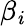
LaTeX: \beta_{\mathit{i}}